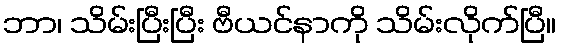
ဘာ၊ သိမ်းပြီးပြီး ဗီယင်နာကို သိမ်းလိုက်ပြီ။